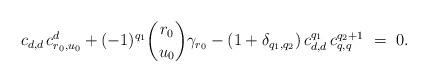
LaTeX: \begin{align*}c_{d,d}{\,}c_{r_0,u_0}^d+(-1)^{q_1}{r_0\choose u_0}\gamma_{r_0}-(1+\delta_{q_1,q_2}){\,}c_{d,d}^{q_1}{\,}c_{q,q}^{q_2+1}~=~ 0.\end{align*}